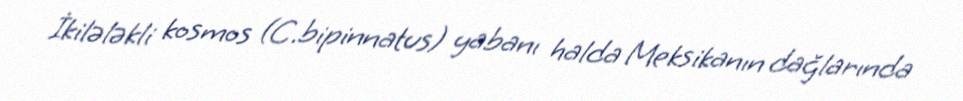
İkilələkli kosmos (C.bipinnatus) yabanı halda Meksikanın dağlarında